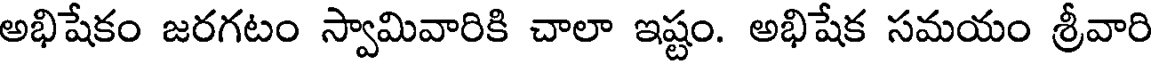
అభిషేకం జరగటం స్వామివారికి చాలా ఇష్టం. అభిషేక సమయం శ్రీవారి